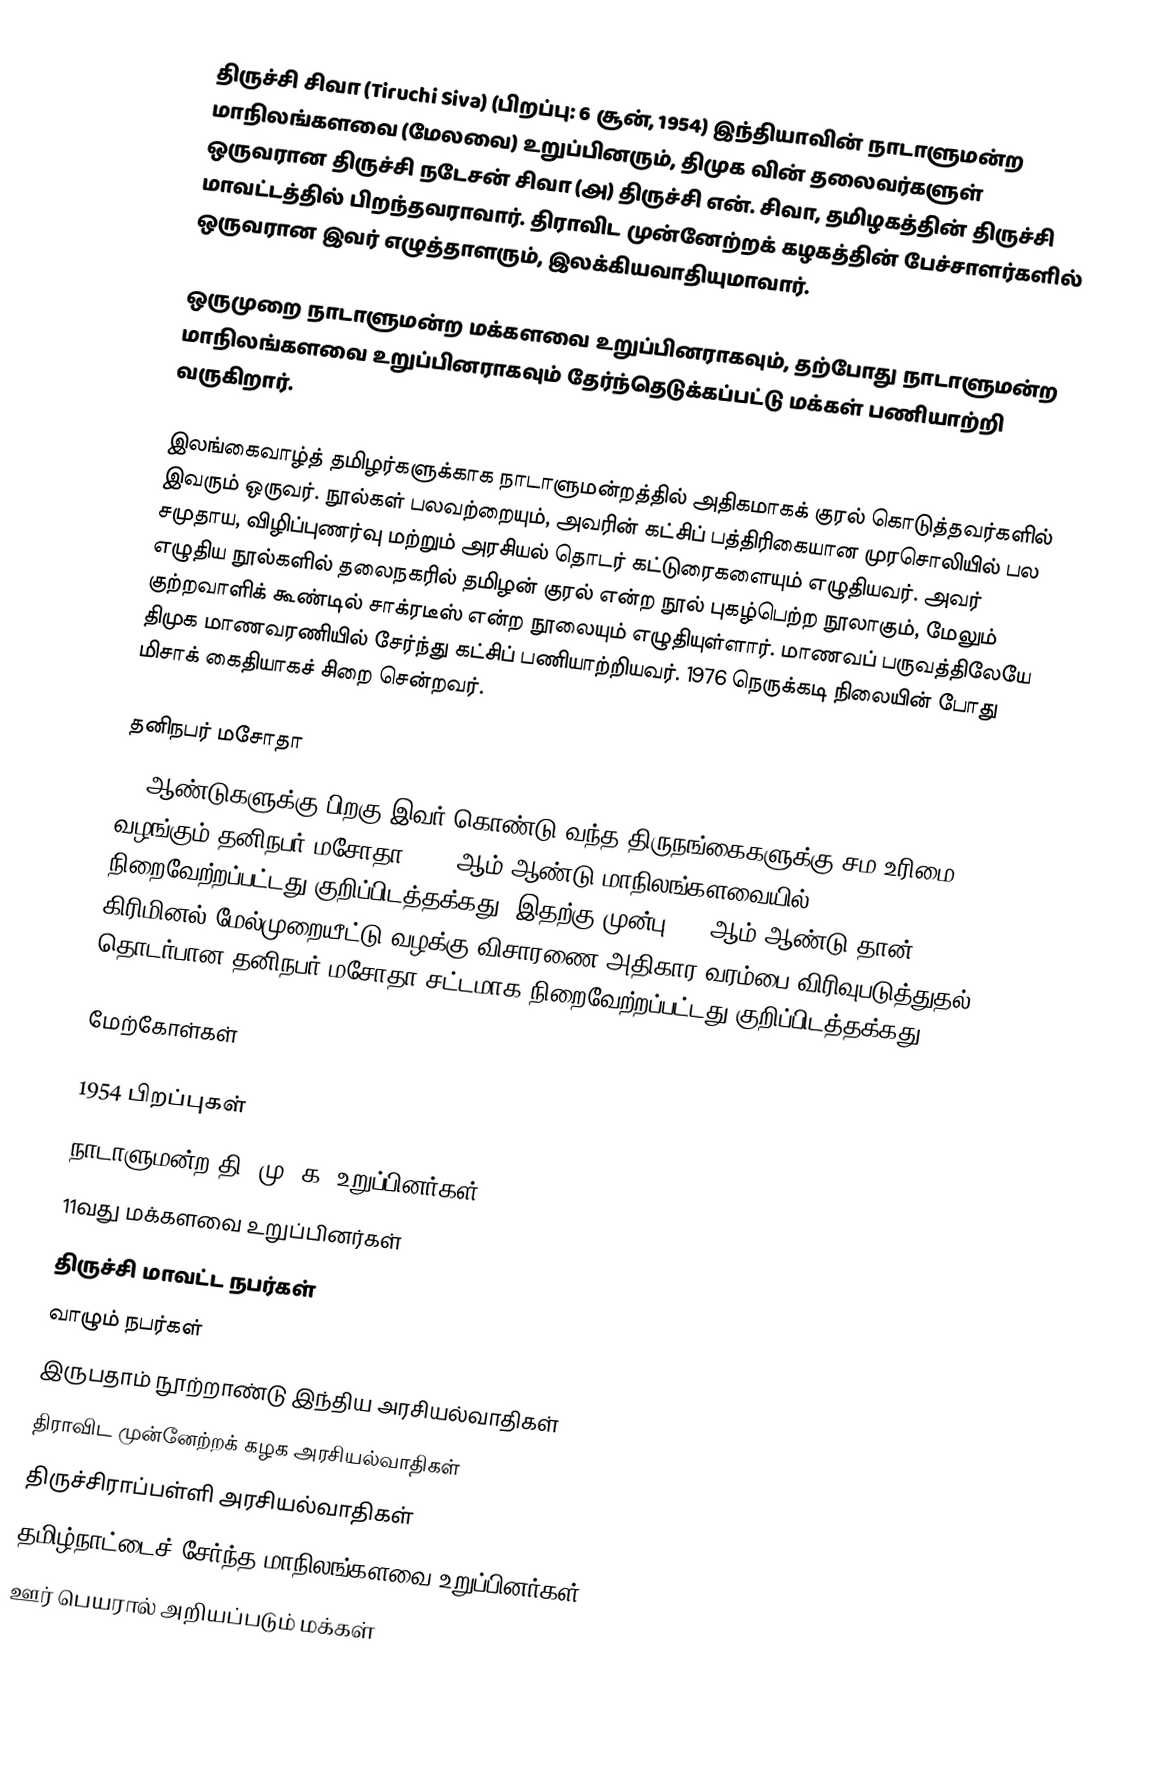
திருச்சி சிவா  (Tiruchi Siva) (பிறப்பு: 6 சூன், 1954) இந்தியாவின் நாடாளுமன்ற மாநிலங்களவை (மேலவை) உறுப்பினரும், திமுக வின் தலைவர்களுள் ஒருவரான திருச்சி நடேசன் சிவா (அ) திருச்சி என். சிவா, தமிழகத்தின் திருச்சி மாவட்டத்தில் பிறந்தவராவார். திராவிட முன்னேற்றக் கழகத்தின் பேச்சாளர்களில் ஒருவரான இவர் எழுத்தாளரும், இலக்கியவாதியுமாவார்.

ஒருமுறை நாடாளுமன்ற மக்களவை உறுப்பினராகவும், தற்போது  நாடாளுமன்ற மாநிலங்களவை உறுப்பினராகவும் தேர்ந்தெடுக்கப்பட்டு மக்கள் பணியாற்றி வருகிறார்.

இலங்கைவாழ்த் தமிழர்களுக்காக நாடாளுமன்றத்தில் அதிகமாகக் குரல் கொடுத்தவர்களில் இவரும் ஒருவர். நூல்கள் பலவற்றையும், அவரின் கட்சிப் பத்திரிகையான முரசொலியில் பல சமுதாய, விழிப்புணர்வு மற்றும் அரசியல் தொடர் கட்டுரைகளையும் எழுதியவர். அவர் எழுதிய நூல்களில் தலைநகரில் தமிழன் குரல் என்ற நூல் புகழ்பெற்ற நூலாகும், மேலும் குற்றவாளிக் கூண்டில் சாக்ரடீஸ் என்ற நூலையும் எழுதியுள்ளார். மாணவப் பருவத்திலேயே திமுக மாணவரணியில் சேர்ந்து கட்சிப் பணியாற்றியவர். 1976 நெருக்கடி நிலையின் போது மிசாக் கைதியாகச் சிறை சென்றவர்.

தனிநபர் மசோதா
45 ஆண்டுகளுக்கு பிறகு இவர் கொண்டு வந்த திருநங்கைகளுக்கு சம உரிமை வழங்கும் தனிநபர் மசோதா 2015 ஆம் ஆண்டு மாநிலங்களவையில் நிறைவேற்றப்பட்டது குறிப்பிடத்தக்கது. இதற்கு முன்பு 1970ஆம் ஆண்டு தான்  கிரிமினல் மேல்முறையீட்டு வழக்கு விசாரணை அதிகார வரம்பை விரிவுபடுத்துதல் தொடர்பான தனிநபர் மசோதா சட்டமாக நிறைவேற்றப்பட்டது குறிப்பிடத்தக்கது.

மேற்கோள்கள்

1954 பிறப்புகள்
நாடாளுமன்ற தி. மு. க. உறுப்பினர்கள்
11வது மக்களவை உறுப்பினர்கள்
திருச்சி மாவட்ட நபர்கள்
வாழும் நபர்கள்
இருபதாம் நூற்றாண்டு இந்திய அரசியல்வாதிகள்
திராவிட முன்னேற்றக் கழக அரசியல்வாதிகள்
திருச்சிராப்பள்ளி அரசியல்வாதிகள்
தமிழ்நாட்டைச் சேர்ந்த மாநிலங்களவை உறுப்பினர்கள்
ஊர் பெயரால் அறியப்படும் மக்கள்